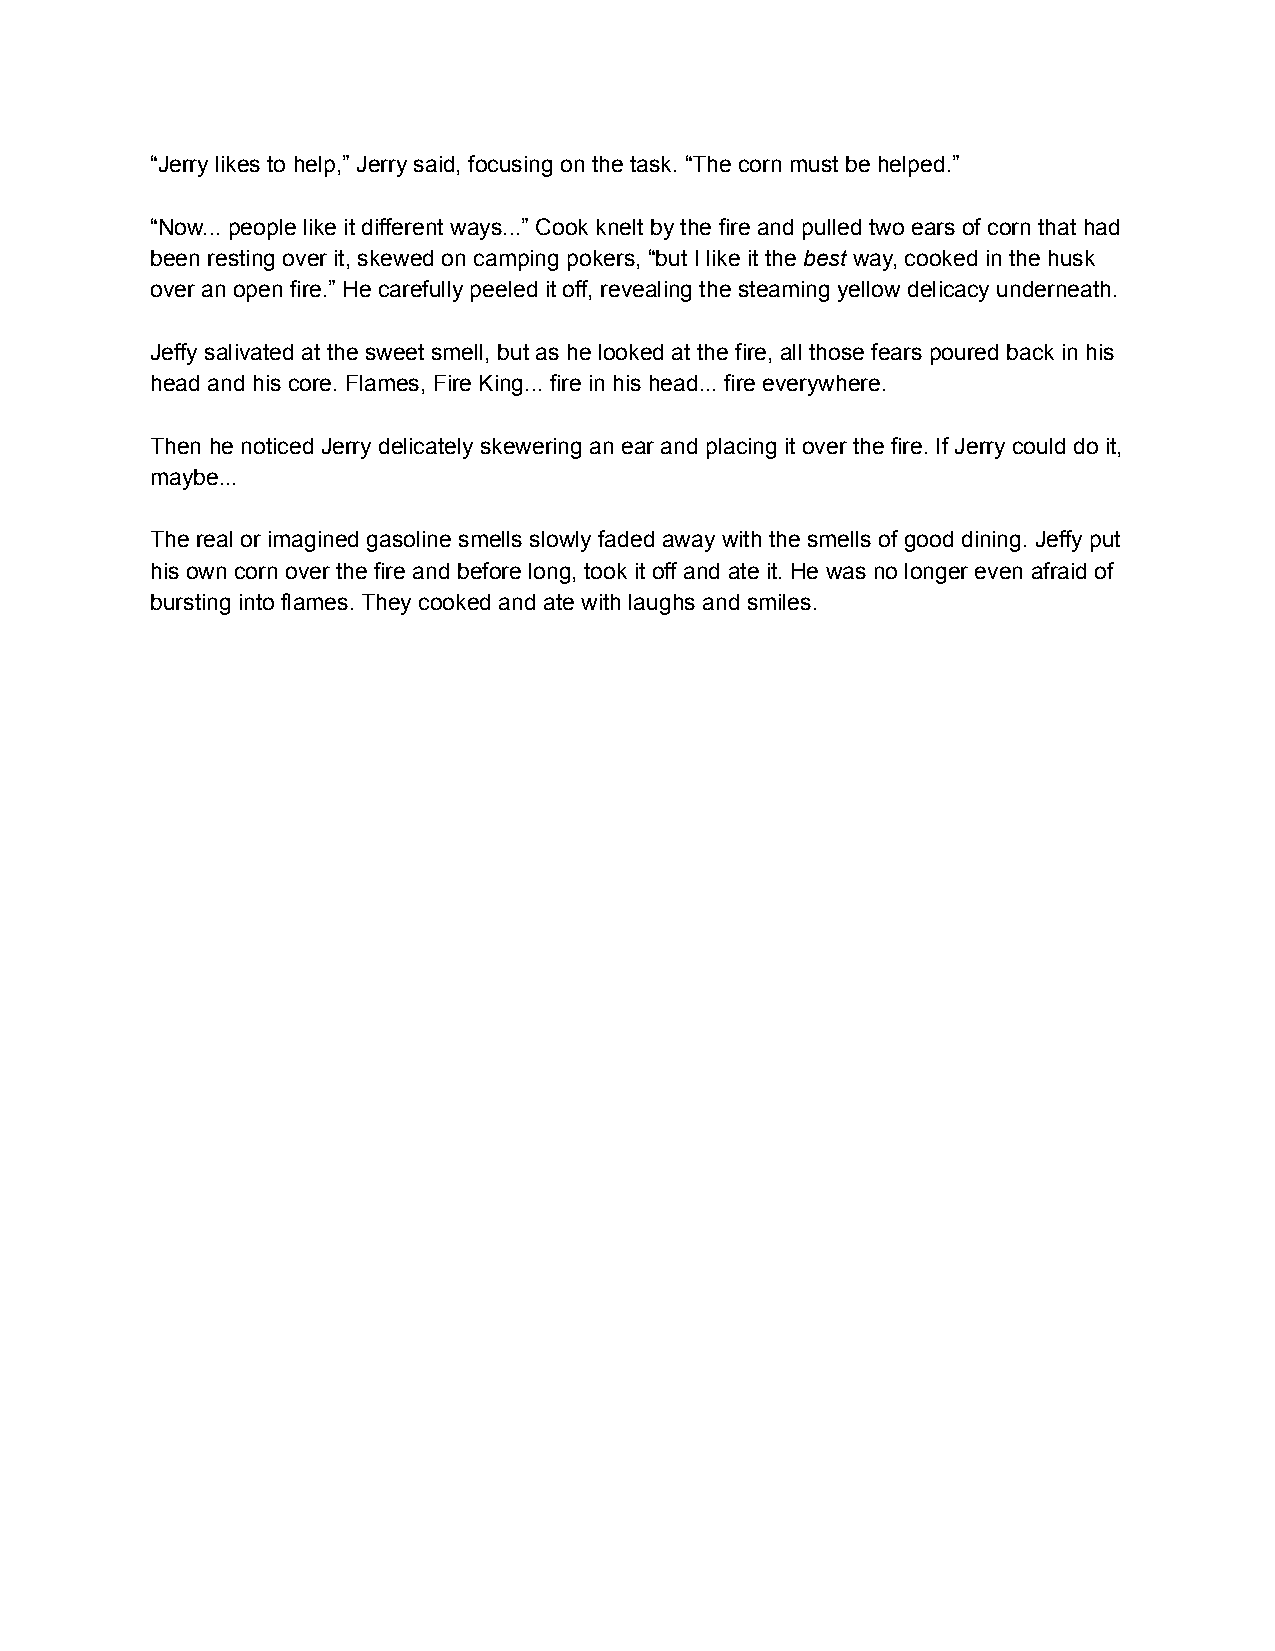
“Jerry likes to help,” Jerry said, focusing on the task. “The corn must be helped.”
 “Now... people like it different ways...” Cook knelt by the fire and pulled two ears of corn that had
 been resting over it, skewed on camping pokers, “but I like it the best way, cooked in the husk
 over an open fire.” He carefully peeled it off, revealing the steaming yellow delicacy underneath.
 Jeffy salivated at the sweet smell, but as he looked at the fire, all those fears poured back in his
 head and his core. Flames, Fire King... fire in his head... fire everywhere.
 Then he noticed Jerry delicately skewering an ear and placing it over the fire. If Jerry could do it,
 maybe...
 The real or imagined gasoline smells slowly faded away with the smells of good dining. Jeffy put
 his own corn over the fire and before long, took it off and ate it. He was no longer even afraid of
 bursting into flames. They cooked and ate with laughs and smiles.